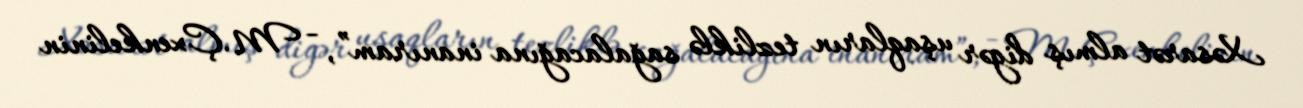
Xəsarət almış digər uşaqların tezliklə sağalacağına inanıram”, - M.Çxenkelinin